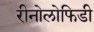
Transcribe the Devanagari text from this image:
रीनोलोफिडी